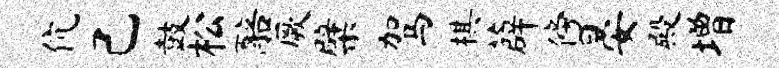
伉己鼓松醅厥檗驾棋薜傍晏殿增